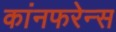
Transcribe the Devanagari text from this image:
कांनफरेन्स